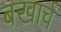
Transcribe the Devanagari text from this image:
बखार्च